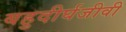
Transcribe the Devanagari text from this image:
बहुदीर्घजीवी